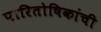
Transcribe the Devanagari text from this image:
पारितोषिकांची